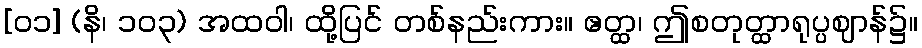
[၀၁] (နိ၊ ၁၀၃) အထဝါ၊ ထို့ပြင် တစ်နည်းကား။ ဧတ္ထ၊ ဤစတုတ္ထာရုပ္ပဈာန်၌။